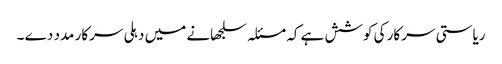
ریاستی سرکار کی کوشش ہے کہ مسئلہ سلجھانے میں دہلی سرکار مدد دے ۔